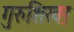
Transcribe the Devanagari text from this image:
गुरुशिखऱ